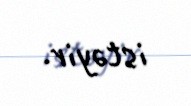
istəyir.